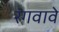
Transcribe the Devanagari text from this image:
रंगवावे